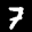
Label: 7